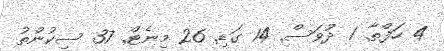
4 ހަފްތާ